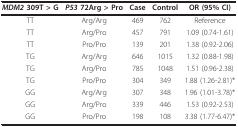
| MDM2 309T > G | P53 72Arg > Pro | Case | Control | OR (95% CI) |
 | --- | --- | --- | --- | --- |
 | TT | Arg/Arg | 469 | 762 | Reference |
 | TT | Arg/Pro | 457 | 791 | 1.09 (0.74-1.61) |
 | TT | Pro/Pro | 139 | 201 | 1.38 (0.92-2.06) |
 | TG | Arg/Arg | 646 | 1015 | 1.32 (0.88-1.98) |
 | TG | Arg/Pro | 785 | 1048 | 1.51 (0.96-2.38) |
 | TG | Pro/Pro | 304 | 349 | 1.88 (1.26-2.81)* |
 | GG | Arg/Arg | 307 | 348 | 1.96 (1.01-3.78)* |
 | GG | Arg/Pro | 339 | 446 | 1.53 (0.92-2.53) |
 | GG | Pro/Pro | 198 | 108 | 3.38 (1.77-6.47)* |